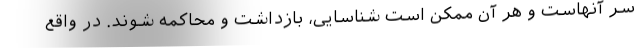
سر آنهاست و هر آن ممکن است شناسایی، بازداشت و محاکمه شوند. در واقع